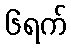
၆ရက်